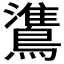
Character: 𬷯